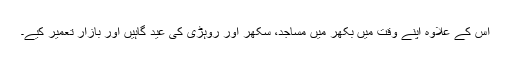
اس کے علاوہ اپنے وقت میں بکھر میں مساجد، سکھر اور روہڑی کی عید گاہیں اور بازار تعمیر کیے۔